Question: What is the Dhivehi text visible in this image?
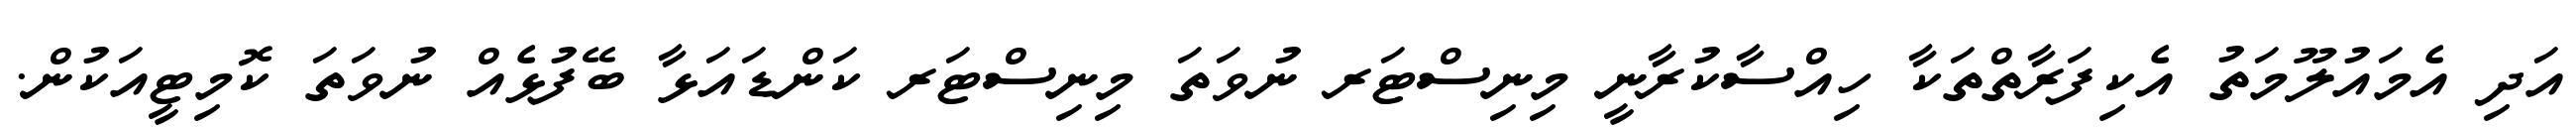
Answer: އަދި އެމައުލޫމަތު އެކިފަރާތްތަކާ ހިއްސާކުރާނީ މިނިސްޓަރ ނުވަތަ މިނިސްޓަރ ކަންޑައަޅާ ބޭފުޅެއް ނުވަތަ ކޮމިޓީއަކުން.